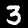
Digit: 3